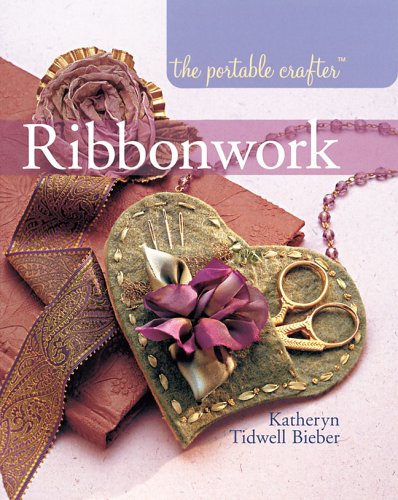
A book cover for The Portable Crafter: Ribbonwork; Katheryn Tidwell Bieber; Crafts, Hobbies & Home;